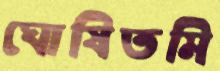
ঘোষিতমি